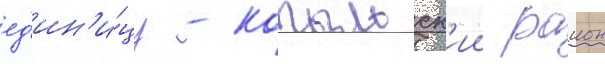
ед'ин'и́цу - копыльск'ии раион